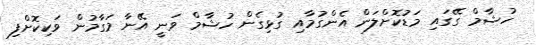
ހުޝާމް ގޭގައި މަޑުކޮށްލަން އެންގުމާއި ގުޅިގެން ހުޝާމް ވަނީ އޭނާ މަގާމުން ވަކިކޮށްފި